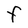
Character: F